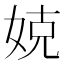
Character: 娔